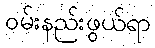
ဝမ်းနည်းဖွယ်ရာ